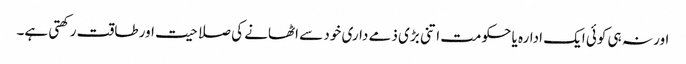
اور نہ ہی کوئی ایک ادارہ یا حکومت اتنی بڑی ذمے داری خود سے اٹھانے کی صلاحیت اور طاقت رکھتی ہے۔